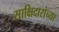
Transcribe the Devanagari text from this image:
साक्षिदारांच्या